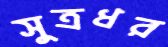
সুত্রধর